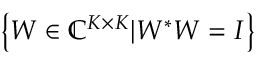
\left\{ W \in \mathbb { C } ^ { K \times K } \vert W ^ { * } W = I \right\}